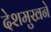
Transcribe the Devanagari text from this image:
देशमुखने